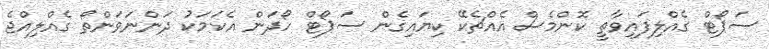
ސަޕޯޓް ގެއްލިފައިވާތީ ކޮންމެސް އެއްޗެކޭ ކިޔައިގެން ސަޕޯޓް ހޯދަން އެކަމަކު ދަންނަވަންތޯ ގެއްލިއްޖެ